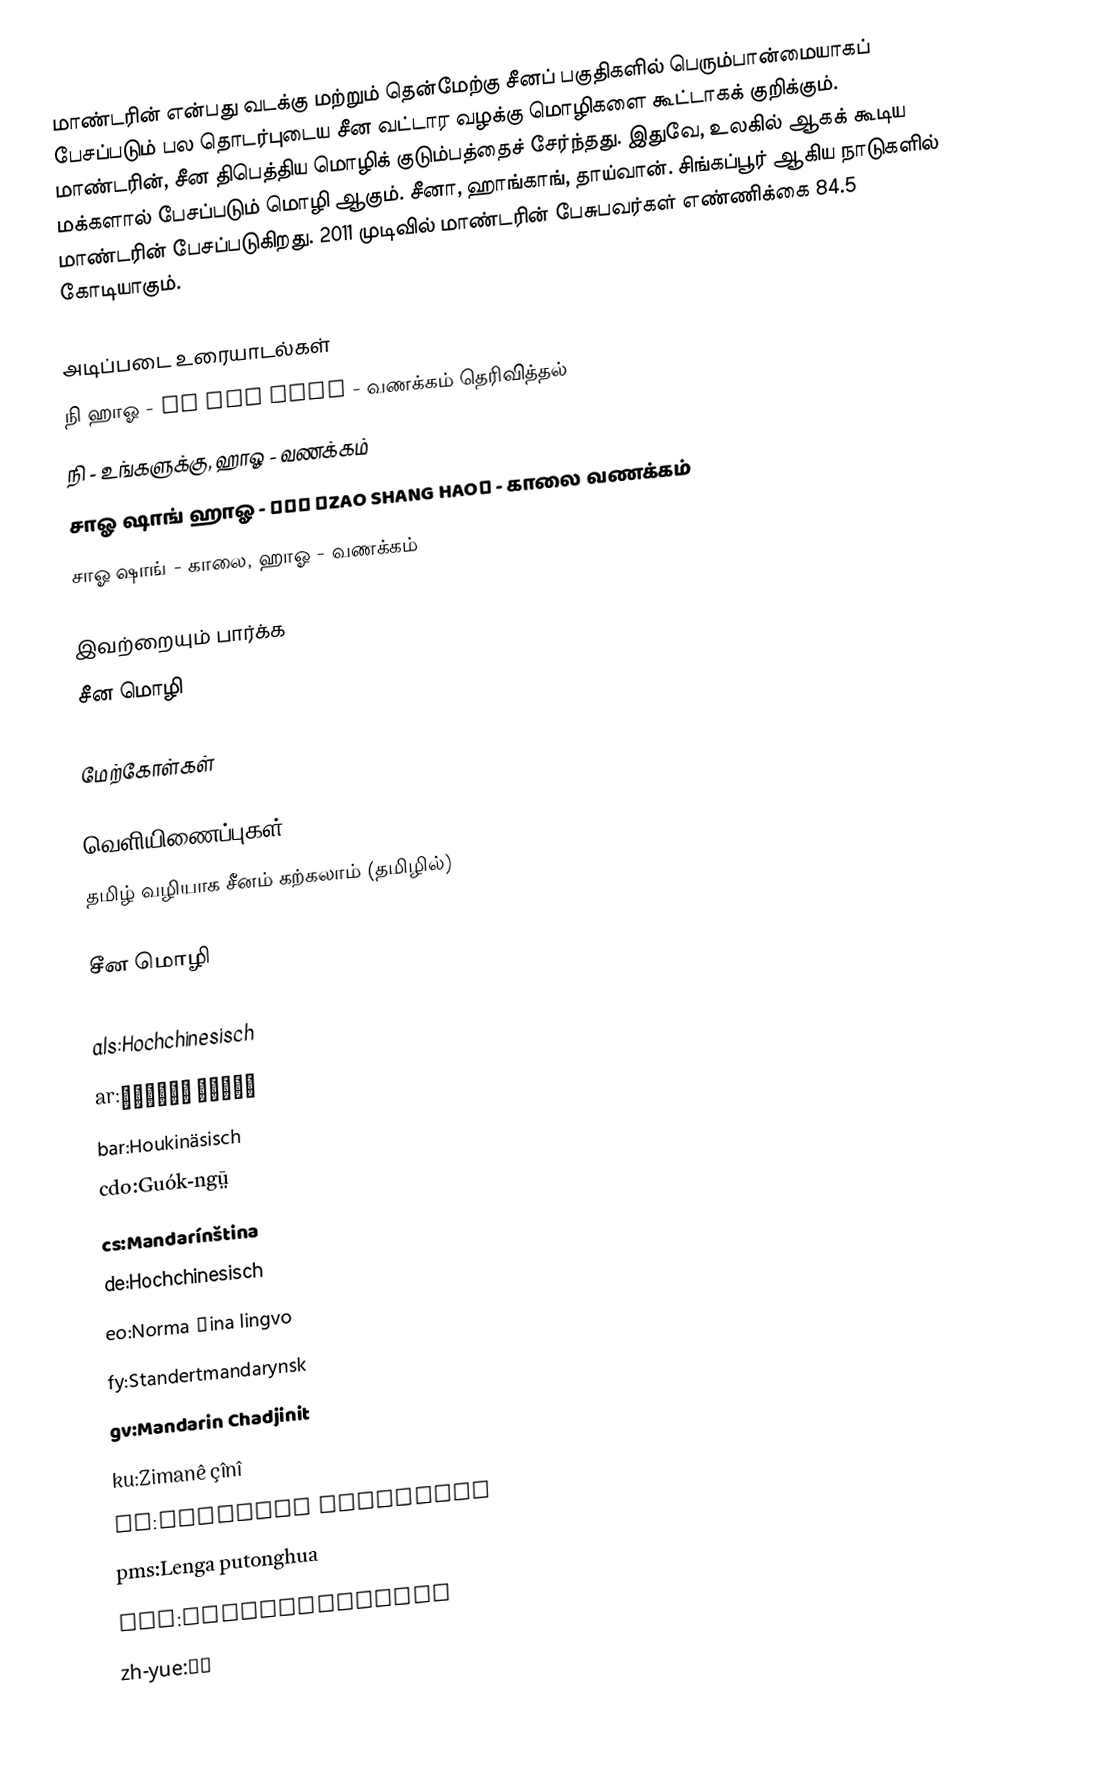
மாண்டரின் என்பது வடக்கு மற்றும் தென்மேற்கு சீனப் பகுதிகளில் பெரும்பான்மையாகப் பேசப்படும் பல தொடர்புடைய சீன வட்டார வழக்கு மொழிகளை கூட்டாகக் குறிக்கும். மாண்டரின், சீன திபெத்திய மொழிக் குடும்பத்தைச் சேர்ந்தது. இதுவே, உலகில் ஆகக் கூடிய மக்களால் பேசப்படும் மொழி ஆகும். சீனா, ஹாங்காங், தாய்வான். சிங்கப்பூர் ஆகிய நாடுகளில் மாண்டரின் பேசப்படுகிறது. 2011 முடிவில் மாண்டரின் பேசுபவர்கள் எண்ணிக்கை 84.5 கோடியாகும்.

அடிப்படை உரையாடல்கள்
 நி ஹாஓ - 你好 （NI HAO） - வணக்கம் தெரிவித்தல்
நி - உங்களுக்கு, ஹாஓ - வணக்கம்
 சாஓ ஷாங் ஹாஓ - 早上好 （ZAO SHANG HAO） - காலை வணக்கம்
சாஓ ஷாங் - காலை, ஹாஓ - வணக்கம்

இவற்றையும் பார்க்க
 சீன மொழி

மேற்கோள்கள்

வெளியிணைப்புகள்
தமிழ் வழியாக சீனம் கற்கலாம்  (தமிழில்)

சீன மொழி

als:Hochchinesisch
ar:صينية مندرين
bar:Houkinäsisch
cdo:Guók-ngṳ̄
cs:Mandarínština
de:Hochchinesisch
eo:Norma ĉina lingvo
fy:Standertmandarynsk
gv:Mandarin Chadjinit
ku:Zimanê çînî
oc:Mandarin estandard
pms:Lenga putonghua
stq:Hoochchinesisk
zh-yue:國語